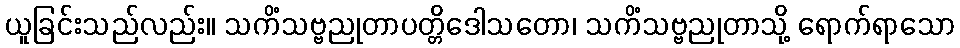
ယူခြင်းသည်လည်း။ သကိံသဗ္ဗညုတာပတ္တိဒေါသတော၊ သကိံသဗ္ဗညုတာသို့ ရောက်ရာသော